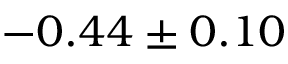
- 0 . 4 4 \pm 0 . 1 0